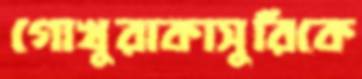
গোখুরাকাসুরিকে